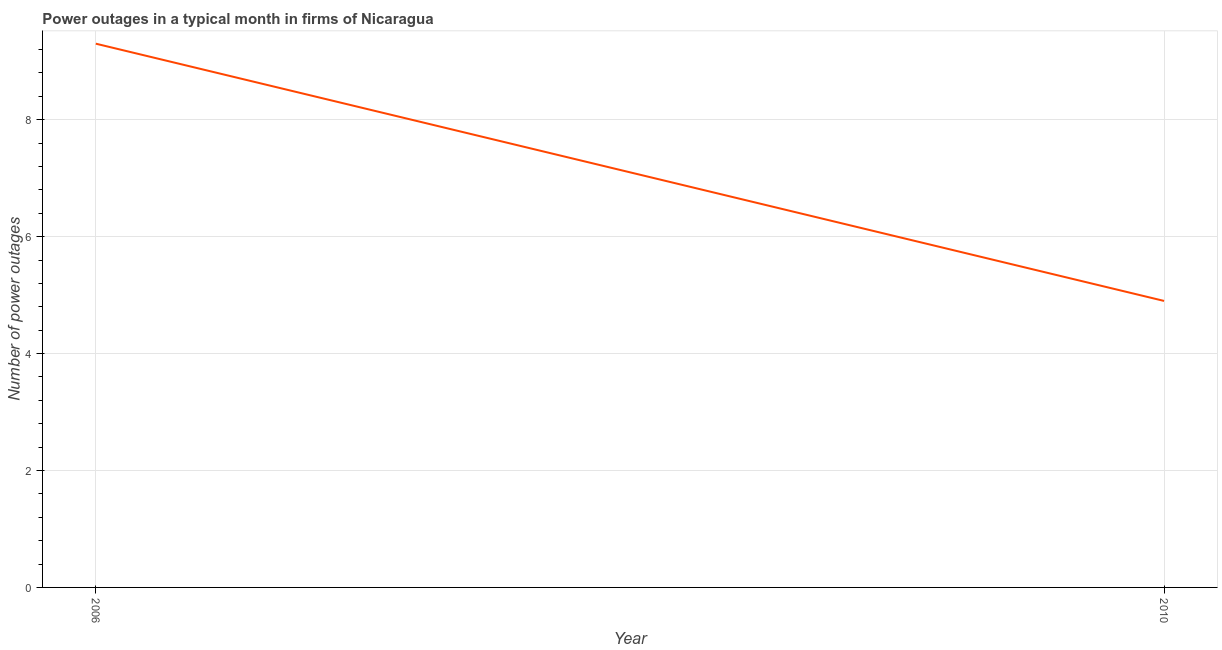
| Year | Power outages |
 | --- | --- |
 | 2006 | 9.3 |
 | 2010 | 4.9 |